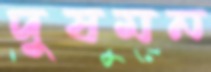
দুষমন